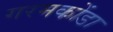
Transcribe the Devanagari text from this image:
गरमकोंडा